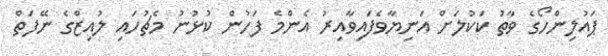
ޕައުލިންހޯގެ ވާތު ކަކުލަށް އަނިޔާވެފައިވާއިރު އެންމެ ފަހުން ކުޅުނު މެޗުހައި ލުއިޒްގެ ނޭފަތް